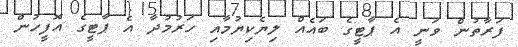
ފަރާތުން ވަނީ އެ ޕާޓީގެ ބައެއް ލިޔެކިޔުމާއި ހަރުމުދާ އެ ޕާޓީގެ އޮފީހުން